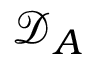
\mathcal { D } _ { A }